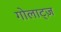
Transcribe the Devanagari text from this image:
गोलाट्ज़